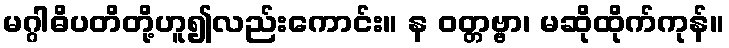
မဂ္ဂါဓိပတိတို့ဟူ၍လည်းကောင်း။ န ဝတ္တဗ္ဗာ၊ မဆိုထိုက်ကုန်။